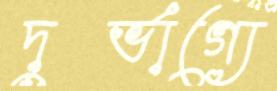
দুর্ভাগ্যে